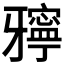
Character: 𤘓